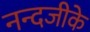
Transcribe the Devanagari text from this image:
नन्दजीके